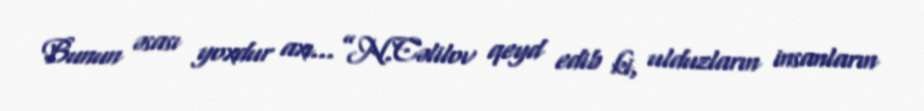
Bunun əsası yoxdur axı...”N.Cəlilov qeyd edib ki, ulduzların insanların